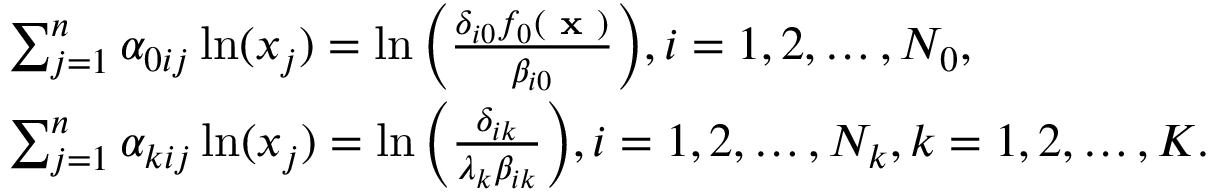
\begin{array} { r l } & { \sum _ { j = 1 } ^ { n } { \alpha _ { 0 i j } } \ln ( x _ { j } ) = \ln \bigg ( \frac { { \delta _ { i 0 } } f _ { 0 } ( \textbf { x } ) } { \beta _ { i 0 } } \bigg ) , i = 1 , 2 , \ldots , N _ { 0 } , } \\ & { \sum _ { j = 1 } ^ { n } { \alpha _ { k i j } } \ln ( x _ { j } ) = \ln \bigg ( \frac { \delta _ { i k } } { \lambda _ { k } \beta _ { i k } } \bigg ) , i = 1 , 2 , \ldots , N _ { k } , k = 1 , 2 , \ldots , K . } \end{array}